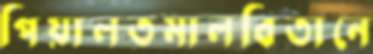
পিয়ালতমালবিতানে